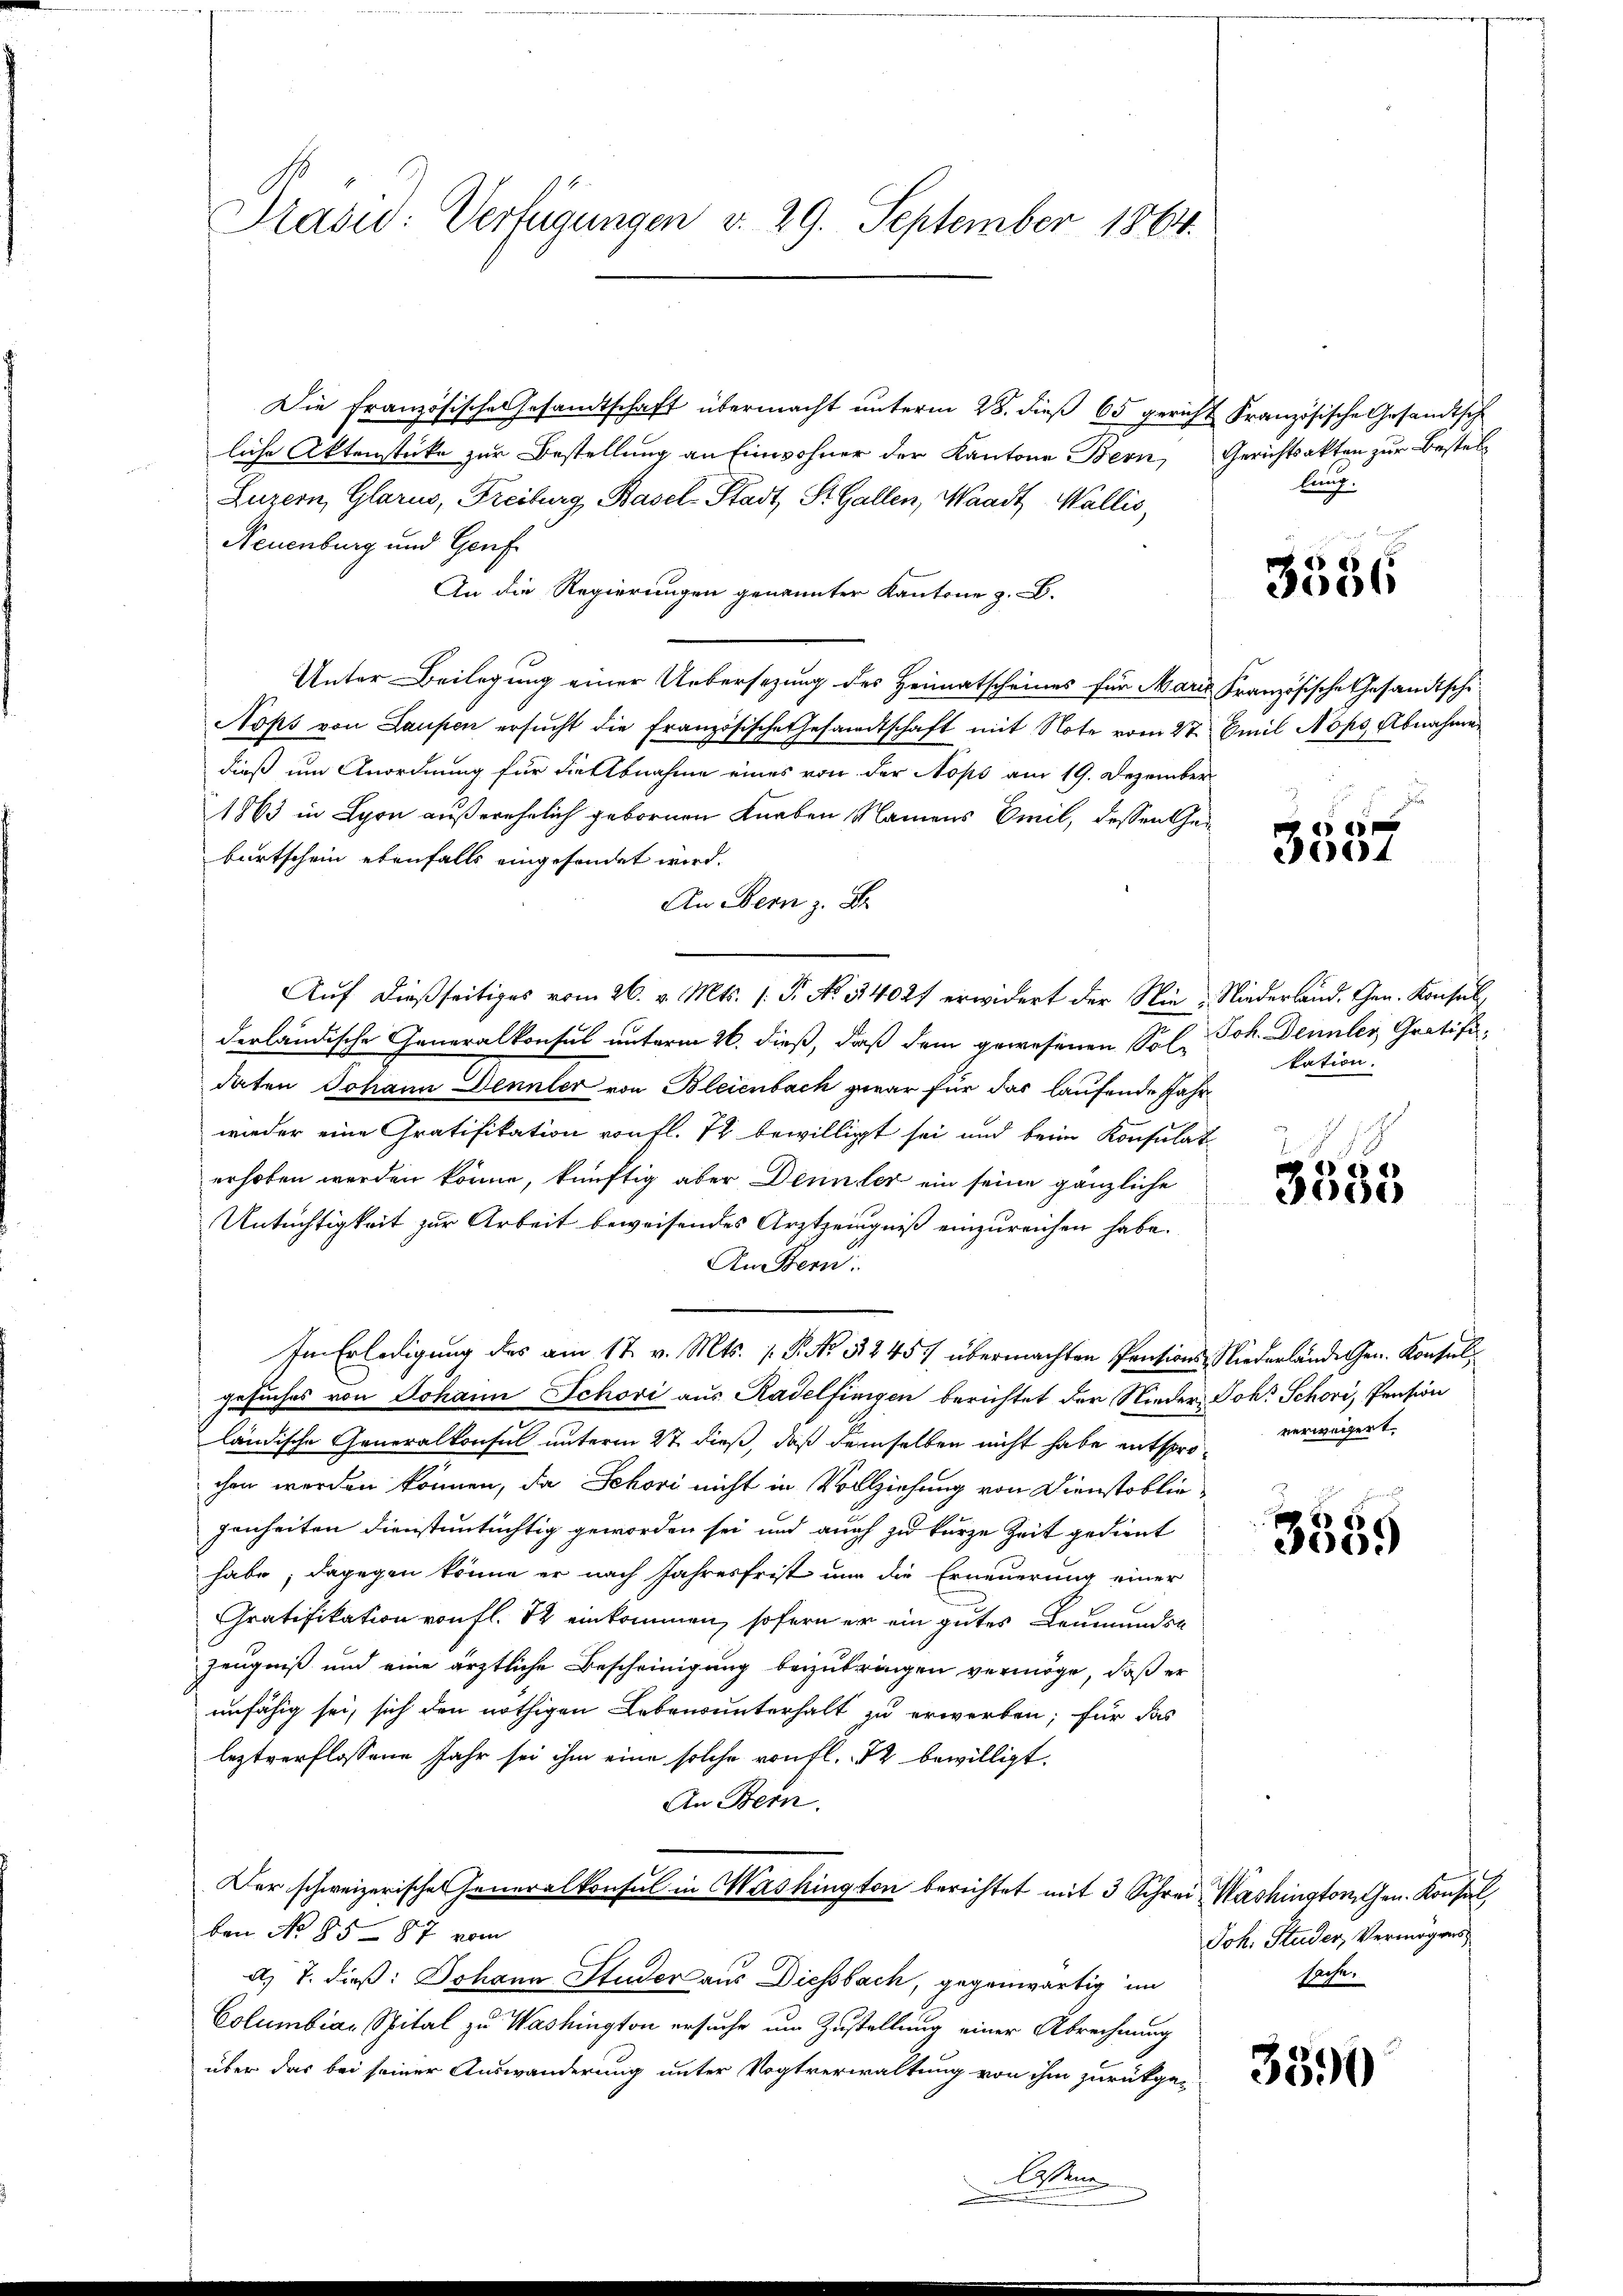
Prašid: Verfügungen v. 29. September 1864.

Die Französische Gesamtschaft übermacht unterm 28. dieß 65 gericht Französische Gesandtsch
liche Aktenstücke zur Bestellung an Einwohner der Kantone Bern, Gerichtsakten zur Bestel¬
Luzern, Glarus, Freiburg, Basel-Stadt, St. Gallen, Waadt, Wallis,
Neuenburg und Genf
An die Regierungen genannter Kantone z. B.
Unter Beilegung einer Uebersezung des Heimatscheines für Marie französische Gesandtschi¬
Nops von Laupen ersŭcht die Französische Gesandtschaft mit Note vom 27. Emil Nops Abnahmen
dieß um Anordnung für die Abnahme eines von der Nops am 19. Dezember
1863 in Lyon außerehelich gebornen Knaben Namens Emil, dessen Gebartschein ebenfalls eingesondet wird.
An Bern z. B.
derländische Generalkonsul unterm 26. dieß, daß dem gewesenen Sol Joh. Dennler, Gratifi-
daten Johann Dennler von Bleienbach zwar für das laufende Jahr
wieder eine Gratifikation von fl. 72 bewilligt sei und beim Konsulaterhoben werden könne, künftig aber Dennler ein seine gänzliche
n
Untüchtigkeit zur Arbeit beweisendes Arztzeugniß einzureichen habe.
An Bern.
Im Erledigung des am 17. v. Mts. f. P. No 5245/ übermachten Pentions Niederländeren. Konserl
gesuches von Johann Schori aus Radelfingen berichtet der Nieder Joh. Schori, Pension
ländische Generalkonsul unterm 27. dieß, daß demselben nicht habe entspro- verweigert.
chen werden können, da Schori nicht in Vollziehung von Dienstobliejenheiten dienstuntüchtig geworden sei und auch zu kurze Zeit gedient
habe; dagegen könne er nach Jahresfrist und die Erneuerung einer
Gratifikation von fl. 72 einkommen, sofern er ein gutes Leumundsa
Zeugniß und eine ärztliche Bescheinigung beizubringen vermöge, daß er
unfähig sei, sich den nöthigen Lebensunterhalt zu erwerben; für das
leztverflossene Jahr sei ihm eine solche von fl. 12 bewilligt.
An Bern.
Der schweizerische Generalkonsul in Washington berichtet mit 3 Schrei Washington Gen. Konsul
ben No 85 - 87 vom
d 7. dieß: Johann Studer aus Diessbach, gegenwärtig im
Columbiar Spital zu Washington ersuche um Zustellung einer Abrechnung
über das bei seiner Auswanderung unter Vogtverwaltung von ihm zurückge-
Wessene

Auf dießseitiges vom 26. v. Mts. 1. P. No. 34027 erwidert der Nie Niederland. Gen. Konsul,

lung.

3556

4

kation.

3535

3559

Joh. Studer, Vermögens
sache.

3390